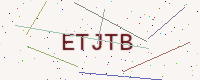
Text: ETJTB